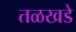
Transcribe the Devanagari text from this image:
तळखडे